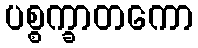
ပစ္စက္ခာတကော